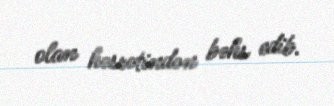
olan həsrətindən bəhs edib.